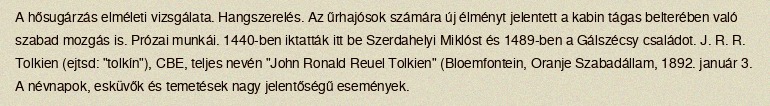
A hősugárzás elméleti vizsgálata. Hangszerelés. Az űrhajósok számára új élményt jelentett a kabin tágas belterében való szabad mozgás is. Prózai munkái. 1440-ben iktatták itt be Szerdahelyi Miklóst és 1489-ben a Gálszécsy családot. J. R. R. Tolkien (ejtsd: "tolkín"), CBE, teljes nevén "John Ronald Reuel Tolkien" (Bloemfontein, Oranje Szabadállam, 1892. január 3. A névnapok, esküvők és temetések nagy jelentőségű események.